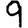
Digit: 9